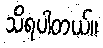
သိရပါတယ်။